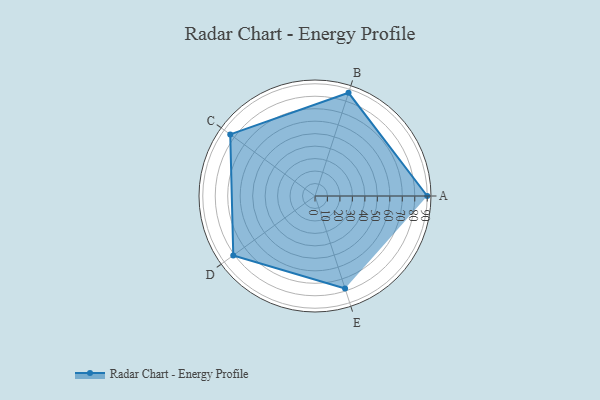
{"axis": {"x": "Skill", "y": "Score"}, "legend": ["Profile"], "data": [{"x": "A", "y": 90.0, "type": "Profile"}, {"x": "B", "y": 87.0, "type": "Profile"}, {"x": "C", "y": 84.0, "type": "Profile"}, {"x": "D", "y": 81.0, "type": "Profile"}, {"x": "E", "y": 78.0, "type": "Profile"}]}